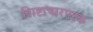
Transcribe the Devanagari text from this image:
शिष्टाचारपरक